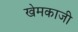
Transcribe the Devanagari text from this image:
खेमकाजी